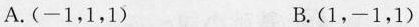
A. (-1，1，1) B. (1，-1，1)